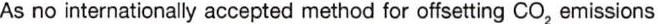
As no internationally accepted method for offsetting CO2 emissions